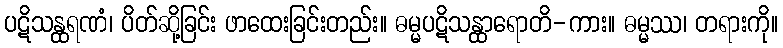
ပဋိသန္ထရဏံ၊ ပိတ်ဆို့ခြင်း ဖာထေးခြင်းတည်း။ ဓမ္မပဋိသန္ထာရောတိ-ကား။ ဓမ္မဿ၊ တရားကို။